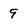
Character: 9